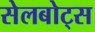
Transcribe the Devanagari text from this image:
सेलबोट्स